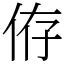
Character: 侟